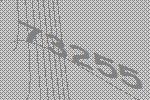
73255